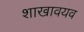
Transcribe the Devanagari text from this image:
शाखावयव